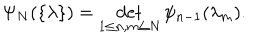
\Psi _ { N } ( \{ \lambda \} ) = \det _ { 1 \leq n , m \leq N } \psi _ { n - 1 } ( \lambda _ { m } ) .